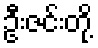
ဦးဇင်းတို့